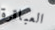
العباقرة